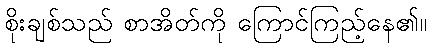
စိုးချစ်သည် စာအိတ်ကို ကြောင်ကြည့်နေ၏။